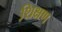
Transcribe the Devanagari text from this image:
शि़क्षण